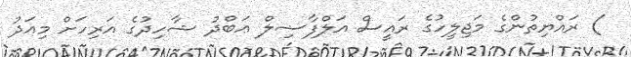
) ރައްޔިތުންގެ މަޖިލީހުގެ ރައީސް އަލްފާޟިލް ޢަބްދު ޝާހިދުގެ އަރިހަށް މިއަދު